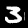
Label: 3